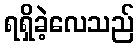
ရရှိခဲ့လေသည်